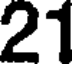
21